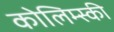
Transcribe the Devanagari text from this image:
कोलिम्स्की